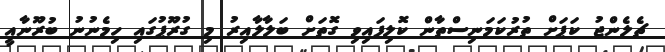
ޗެލެންޖު ކަޕަށް ތުރުކަމަނިސްތާން ކޮލިފައިވި ގޮތަށް ބަލާލާއިރު މި ގުރޫޕުގައި ހިމެނުނު ބުރޫނާއީ